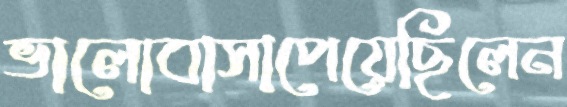
ভালোবাসাপেয়েছিলেন